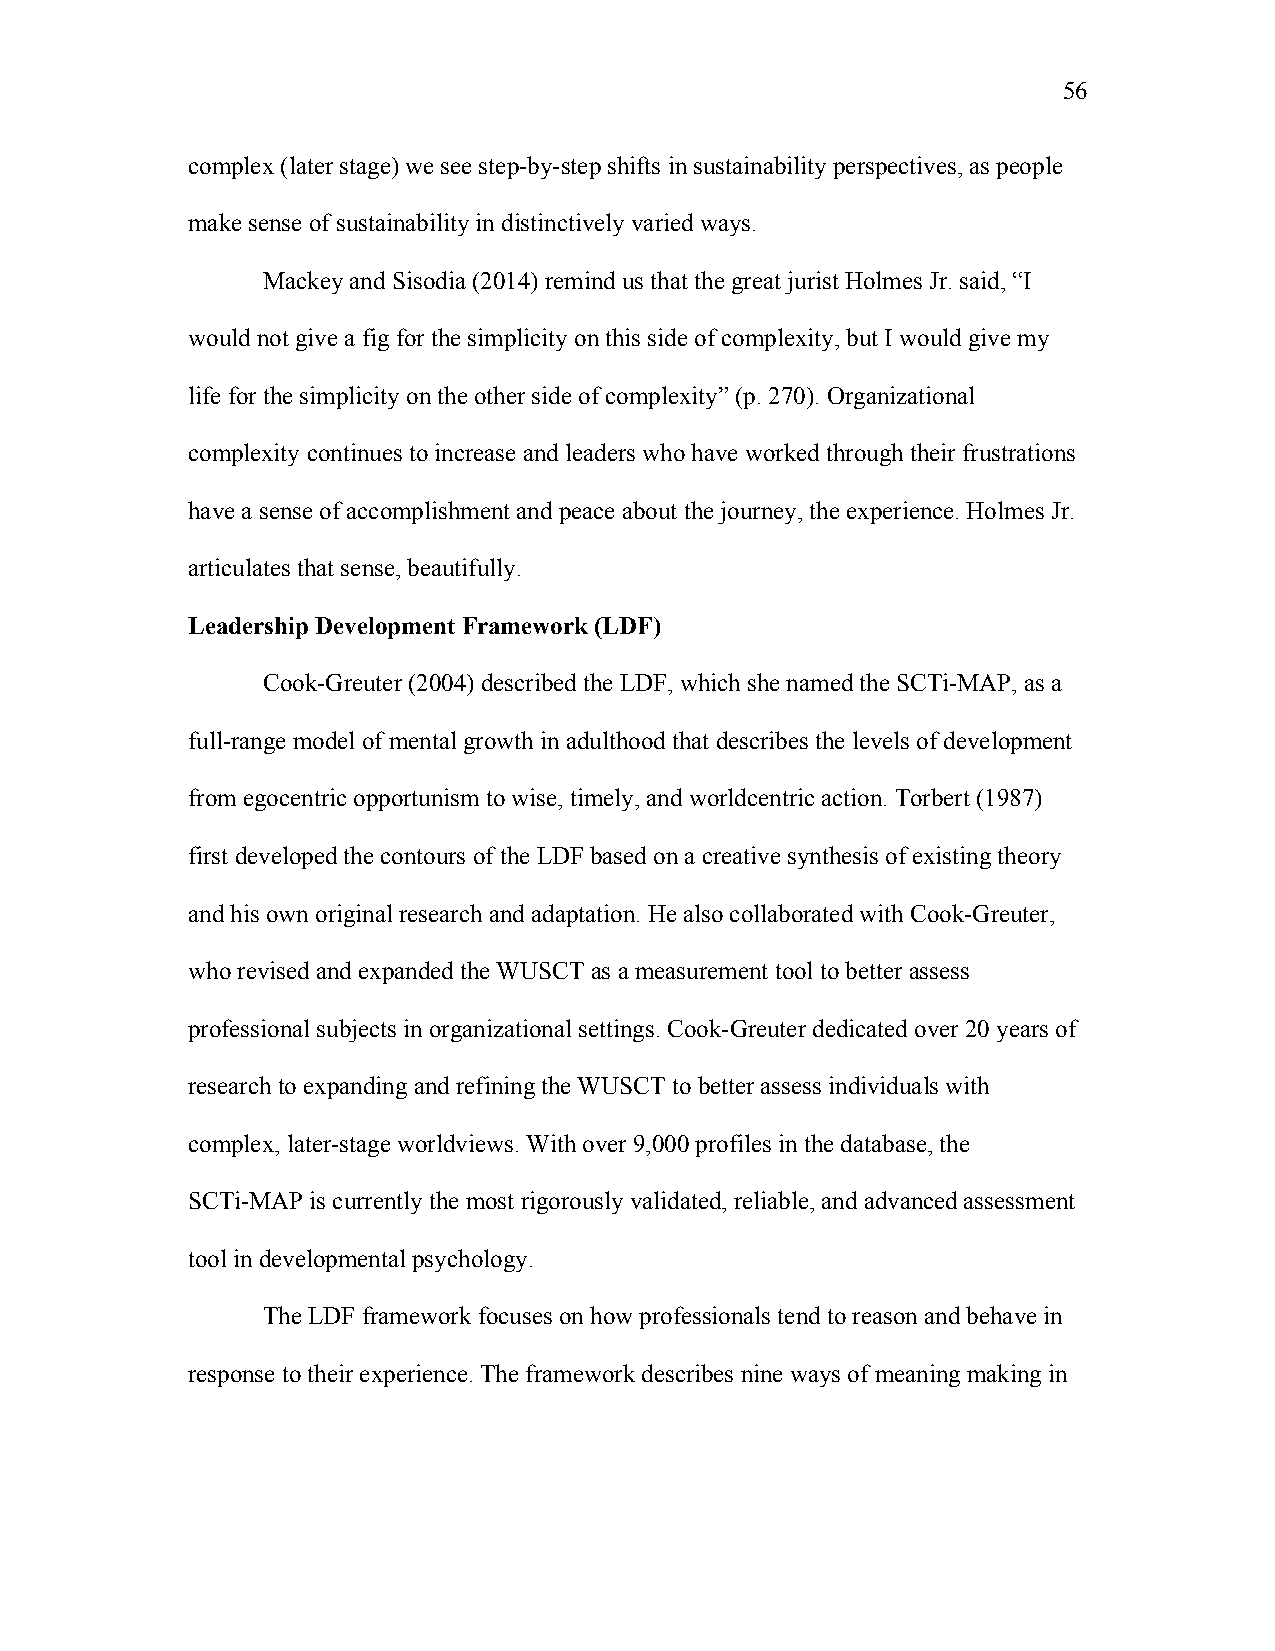
56
 complex (later stage) we see step-by-step shifts in sustainability perspectives, as people
 make sense of sustainability in distinctively varied ways.
 Mackey and Sisodia (2014) remind us that the great jurist Holmes Jr. said, “I
 would not give a fig for the simplicity on this side of complexity, but I would give my
 life for the simplicity on the other side of complexity” (p. 270). Organizational
 complexity continues to increase and leaders who have worked through their frustrations
 have a sense of accomplishment and peace about the journey, the experience. Holmes Jr.
 articulates that sense, beautifully.
 Leadership Development Framework (LDF)
 Cook-Greuter (2004) described the LDF, which she named the SCTi-MAP, as a
 full-range model of mental growth in adulthood that describes the levels of development
 from egocentric opportunism to wise, timely, and worldcentric action. Torbert (1987)
 first developed the contours of the LDF based on a creative synthesis of existing theory
 and his own original research and adaptation. He also collaborated with Cook-Greuter,
 who revised and expanded the WUSCT as a measurement tool to better assess
 professional subjects in organizational settings. Cook-Greuter dedicated over 20 years of
 research to expanding and refining the WUSCT to better assess individuals with
 complex, later-stage worldviews. With over 9,000 profiles in the database, the
 SCTi-MAP is currently the most rigorously validated, reliable, and advanced assessment
 tool in developmental psychology.
 The LDF framework focuses on how professionals tend to reason and behave in
 response to their experience. The framework describes nine ways of meaning making in